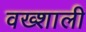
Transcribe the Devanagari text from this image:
वख्शाली